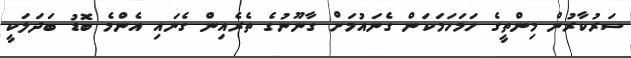
ސަރުކާރުން މިންތީގެ ހަމަހަމަކަން ގެނައުމަށް ގާނޫނުގެ ތެރެއިން ގެނައި އެންމެ ބޮޑު ބަދަލަކީ